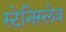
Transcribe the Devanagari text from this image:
स्टेनिस्लेव